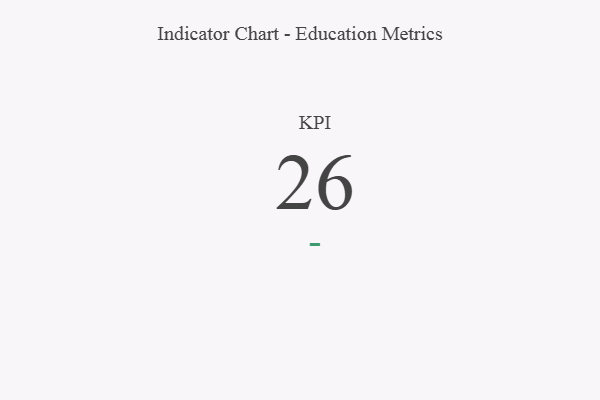
{"axis": {"x": "KPI", "y": "Value"}, "legend": [""], "data": [{"x": "KPI", "y": 26, "type": ""}]}